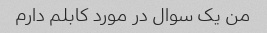
من یک سوال در مورد کابلم دارم